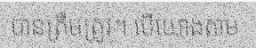
បានត្រឹមត្រូវ។ បើយោងតាម